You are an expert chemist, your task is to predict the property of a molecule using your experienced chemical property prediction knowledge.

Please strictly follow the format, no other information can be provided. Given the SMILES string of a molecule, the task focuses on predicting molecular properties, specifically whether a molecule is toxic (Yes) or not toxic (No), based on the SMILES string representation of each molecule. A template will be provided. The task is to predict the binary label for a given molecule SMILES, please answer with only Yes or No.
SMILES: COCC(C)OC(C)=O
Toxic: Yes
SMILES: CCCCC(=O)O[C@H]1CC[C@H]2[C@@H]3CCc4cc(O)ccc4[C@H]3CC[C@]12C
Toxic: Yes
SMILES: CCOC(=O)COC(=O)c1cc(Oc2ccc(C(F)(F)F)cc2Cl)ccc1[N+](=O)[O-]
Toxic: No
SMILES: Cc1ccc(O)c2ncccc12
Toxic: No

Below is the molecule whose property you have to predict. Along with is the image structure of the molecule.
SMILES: CCCCCCCCCCCCCN1CC(C)OC(C)C1
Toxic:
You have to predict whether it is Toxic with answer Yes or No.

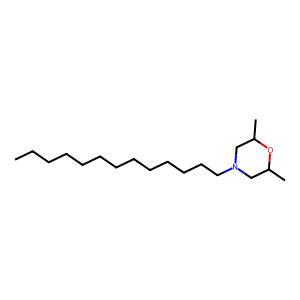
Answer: No